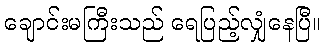
ချောင်းမကြီးသည် ရေပြည့်လျှံနေပြီ။